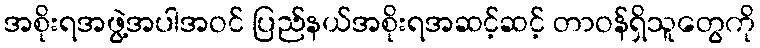
အစိုးရအဖွဲ့အပါအဝင် ပြည်နယ်အစိုးရအဆင့်ဆင့် တာဝန်ရှိသူတွေကို